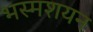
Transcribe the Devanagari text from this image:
भस्मशयन